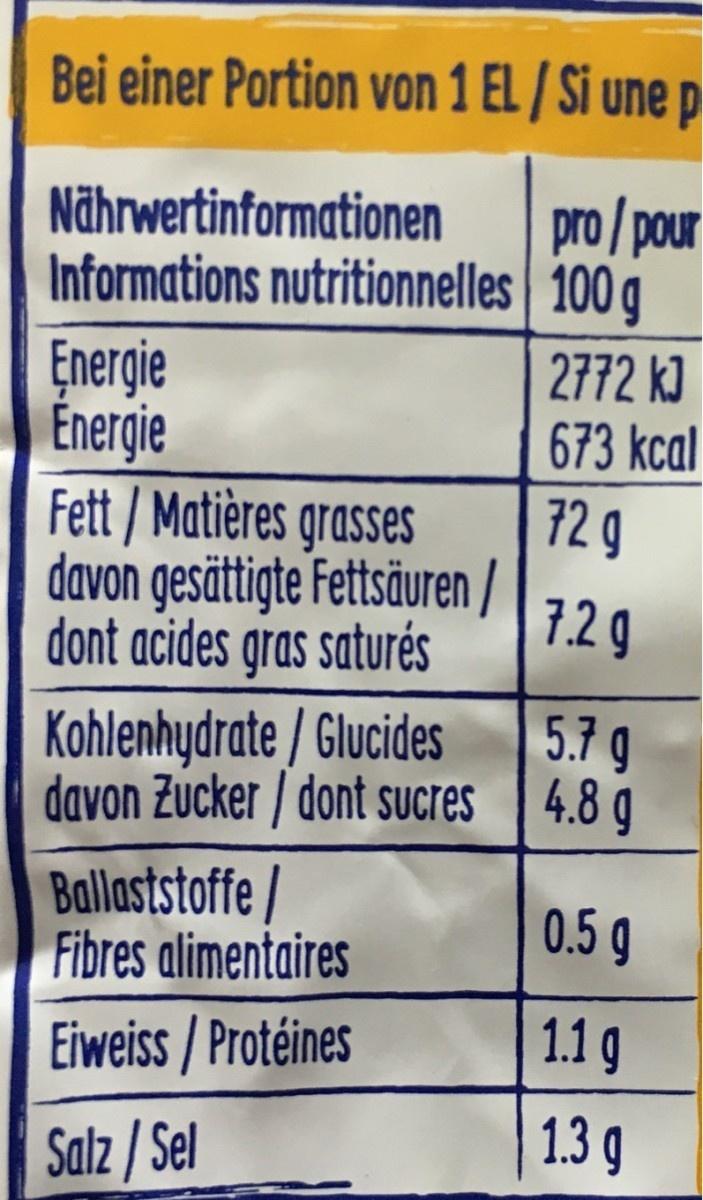
Bei einer Portion von 1 EL /Si une p pro/pour Nährwertinformationen Informations nutritionnelles 100g 2772 kJ 673 kca Energie Energie Fett/Matières grasses davon gesättigte Fettsäuren dont acides gras saturés 729 7.29 Kohlenhydrate /Glucides davon Zucker dont sSUcres 5.7 g 4.8 g Ballaststoffe/ Fibres alimentaires 0.5g 1.1 g Eiweiss / Proteines 1.3 g Salz/Sel